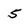
Character: 5